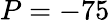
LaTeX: P=-75